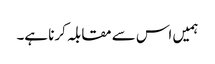
ہمیں اس سے مقابلہ کرنا ہے۔